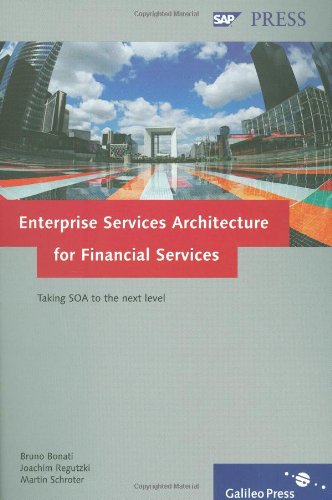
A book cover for Enterprise Services Architecture for Financial Services: Taking SOA to the next level; Bruno Bonati; Computers & Technology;